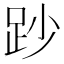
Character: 䟞